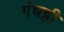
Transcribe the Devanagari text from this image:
गंधट्ठी